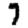
Digit: 7